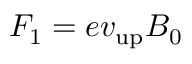
F _ { 1 } = e v _ { \mathrm { u p } } B _ { 0 }